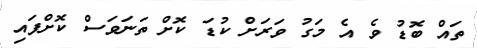
ތައް ބޮޑު ވެ އެ މަގު ވަރަށް ކުޑަ ކޮށް ތަނަވަސް ކޮށްފައި